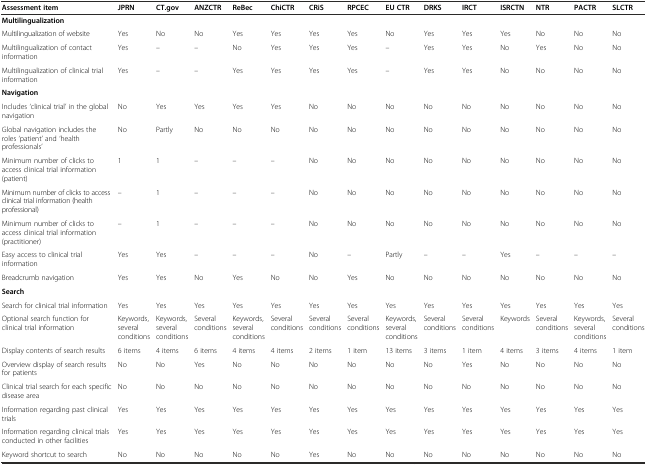
<table><thead><tr><td><b>Assessment item</b></td><td><b>JPRN</b></td><td><b>CT.gov</b></td><td><b>ANZCTR</b></td><td><b>ReBec</b></td><td><b>ChiCTR</b></td><td><b>CRiS</b></td><td><b>RPCEC</b></td><td><b>EU CTR</b></td><td><b>DRKS</b></td><td><b>IRCT</b></td><td><b>ISRCTN</b></td><td><b>NTR</b></td><td><b>PACTR</b></td><td><b>SLCTR</b></td></tr></thead><tbody><tr><td><b>Multilingualization</b></td><td></td><td></td><td></td><td></td><td></td><td></td><td></td><td></td><td></td><td></td><td></td><td></td><td></td><td></td></tr><tr><td>Multilingualization of website</td><td>Yes</td><td>No</td><td>No</td><td>Yes</td><td>Yes</td><td>Yes</td><td>Yes</td><td>No</td><td>Yes</td><td>Yes</td><td>Yes</td><td>No</td><td>No</td><td>No</td></tr><tr><td>Multilingualization of contact information</td><td>Yes</td><td>–</td><td>–</td><td>No</td><td>Yes</td><td>Yes</td><td>Yes</td><td>–</td><td>Yes</td><td>Yes</td><td>No</td><td>Yes</td><td>No</td><td>No</td></tr><tr><td>Multilingualization of clinical trial information</td><td>Yes</td><td>–</td><td>–</td><td>Yes</td><td>Yes</td><td>Yes</td><td>Yes</td><td>–</td><td>Yes</td><td>Yes</td><td>No</td><td>No</td><td>No</td><td>No</td></tr><tr><td><b>Navigation</b></td><td></td><td></td><td></td><td></td><td></td><td></td><td></td><td></td><td></td><td></td><td></td><td></td><td></td><td></td></tr><tr><td>Includes ‘clinical trial’ in the global navigation</td><td>No</td><td>Yes</td><td>Yes</td><td>Yes</td><td>Yes</td><td>No</td><td>No</td><td>No</td><td>No</td><td>No</td><td>No</td><td>No</td><td>No</td><td>No</td></tr><tr><td>Global navigation includes the roles ‘patient’ and ‘health professionals’</td><td>No</td><td>Partly</td><td>No</td><td>No</td><td>No</td><td>No</td><td>No</td><td>No</td><td>No</td><td>No</td><td>No</td><td>No</td><td>No</td><td>No</td></tr><tr><td>Minimum number of clicks to access clinical trial information (patient)</td><td>1</td><td>1</td><td>–</td><td>–</td><td>–</td><td>No</td><td>No</td><td>No</td><td>No</td><td>No</td><td>No</td><td>No</td><td>No</td><td>No</td></tr><tr><td>Minimum number of clicks to access clinical trial information (health professional)</td><td>–</td><td>1</td><td>–</td><td>–</td><td>–</td><td>No</td><td>No</td><td>No</td><td>No</td><td>No</td><td>No</td><td>No</td><td>No</td><td>No</td></tr><tr><td>Minimum number of clicks to access clinical trial information (practitioner)</td><td>–</td><td>1</td><td>–</td><td>–</td><td>–</td><td>No</td><td>No</td><td>No</td><td>No</td><td>No</td><td>No</td><td>No</td><td>No</td><td>No</td></tr><tr><td>Easy access to clinical trial information</td><td>Yes</td><td>Yes</td><td>–</td><td>–</td><td>–</td><td>No</td><td>–</td><td>Partly</td><td>–</td><td>–</td><td>Yes</td><td>–</td><td>–</td><td>–</td></tr><tr><td>Breadcrumb navigation</td><td>Yes</td><td>Yes</td><td>No</td><td>Yes</td><td>No</td><td>No</td><td>Yes</td><td>No</td><td>No</td><td>No</td><td>No</td><td>No</td><td>No</td><td>No</td></tr><tr><td><b>Search</b></td><td></td><td></td><td></td><td></td><td></td><td></td><td></td><td></td><td></td><td></td><td></td><td></td><td></td><td></td></tr><tr><td>Search for clinical trial information</td><td>Yes</td><td>Yes</td><td>Yes</td><td>Yes</td><td>Yes</td><td>Yes</td><td>Yes</td><td>Yes</td><td>Yes</td><td>Yes</td><td>Yes</td><td>Yes</td><td>Yes</td><td>Yes</td></tr><tr><td>Optional search function for clinical trial information</td><td>Keywords, several conditions</td><td>Keywords, several conditions</td><td>Several conditions</td><td>Keywords, several conditions</td><td>Several conditions</td><td>Several conditions</td><td>Several conditions</td><td>Keywords, several conditions</td><td>Several conditions</td><td>Several conditions</td><td>Keywords</td><td>Several conditions</td><td>Keywords, several conditions</td><td>Several conditions</td></tr><tr><td>Display contents of search results</td><td>6 items</td><td>4 items</td><td>6 items</td><td>4 items</td><td>4 items</td><td>2 items</td><td>1 item</td><td>13 items</td><td>3 items</td><td>1 item</td><td>4 items</td><td>3 items</td><td>4 items</td><td>1 item</td></tr><tr><td>Overview display of search results for patients</td><td>No</td><td>No</td><td>Yes</td><td>No</td><td>No</td><td>No</td><td>No</td><td>No</td><td>No</td><td>Yes</td><td>No</td><td>No</td><td>No</td><td>No</td></tr><tr><td>Clinical trial search for each specific disease area</td><td>No</td><td>No</td><td>No</td><td>No</td><td>No</td><td>No</td><td>No</td><td>No</td><td>No</td><td>No</td><td>No</td><td>No</td><td>No</td><td>No</td></tr><tr><td>Information regarding past clinical trials</td><td>Yes</td><td>Yes</td><td>Yes</td><td>Yes</td><td>Yes</td><td>Yes</td><td>Yes</td><td>Yes</td><td>Yes</td><td>Yes</td><td>Yes</td><td>Yes</td><td>Yes</td><td>Yes</td></tr><tr><td>Information regarding clinical trials conducted in other facilities</td><td>Yes</td><td>Yes</td><td>Yes</td><td>Yes</td><td>Yes</td><td>Yes</td><td>Yes</td><td>Yes</td><td>Yes</td><td>Yes</td><td>Yes</td><td>Yes</td><td>Yes</td><td>Yes</td></tr><tr><td>Keyword shortcut to search</td><td>No</td><td>No</td><td>No</td><td>No</td><td>No</td><td>Yes</td><td>No</td><td>No</td><td>No</td><td>No</td><td>No</td><td>No</td><td>No</td><td>No</td></tr></tbody></table>